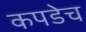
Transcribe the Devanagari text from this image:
कपडेच